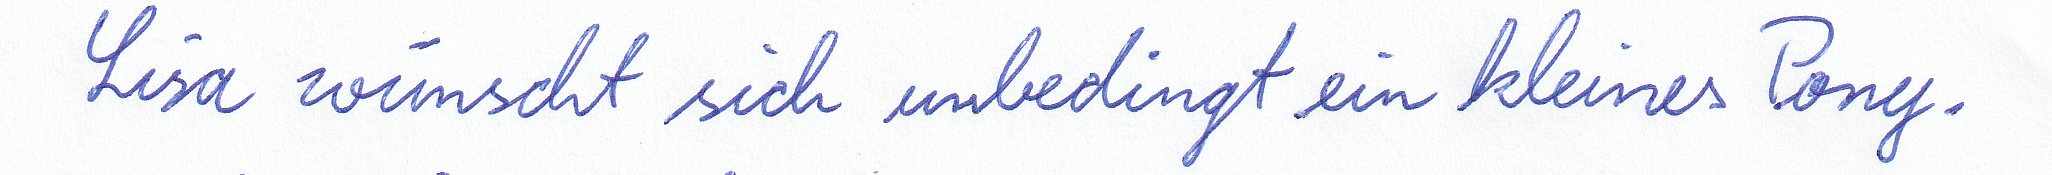
Lisa wünscht sich unbedingt ein kleines Pony.